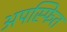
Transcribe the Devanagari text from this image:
अपस्फित